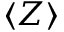
\left< Z \right>